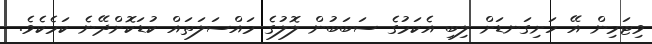
ވިޓަމިން އޭ ހަށިގަނޑަށް ލިބި އެކަމުގެ ސަބަބުން ލޮލުގެ މައްސަލަތައް ކުޑަކޮށްދޭނެ ކަމެކެވެ.